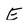
Character: E